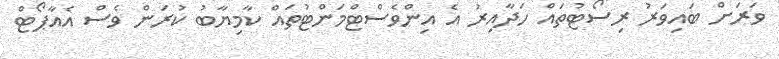
ވަރަށް ބައިވަރު ރިސޯޓުތައް ހަދާއިރު އެ އިންވެސްޓްމަންޓުތައް ކާމިޔާބު ކުރަން ވެސް އެއާޕޯޓް